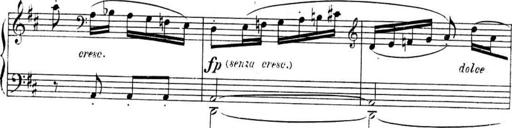
Title: Sonatines
Composer: Hedwige ChrÃ©tien